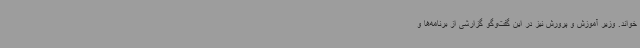
خواند. وزیر آموزش و پرورش نیز در این گفت‌وگو گزارشی از برنامه‌ها و